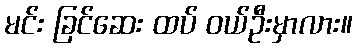
မင်း ခြင်ဆေး ထပ် ဝယ်ဦးမှာလား။